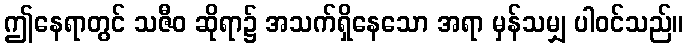
ဤနေရာတွင် သဇီဝ ဆိုရာ၌ အသက်ရှိနေသော အရာ မှန်သမျှ ပါဝင်သည်။